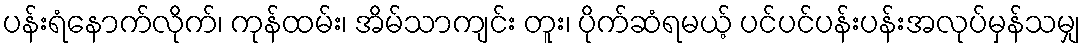
ပန်းရံနောက်လိုက်၊ ကုန်ထမ်း၊ အိမ်သာကျင်း တူး၊ ပိုက်ဆံရမယ့် ပင်ပင်ပန်းပန်းအလုပ်မှန်သမျှ